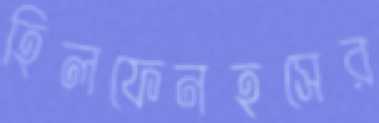
হিলফেনহসের